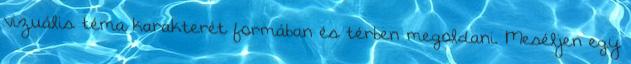
vizuális téma karakterét formában és térben megoldani. Meséljen egy